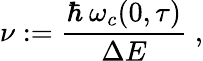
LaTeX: \nu:=\frac{\hbar\: \omega_{c}(0,\tau)}{\Delta E}\; ,